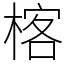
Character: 楁